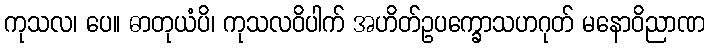
ကုသလ၊ ပေ။ ဓာတုယံပိ၊ ကုသလဝိပါက် အဟိတ်ဥပက္ခောသဟဂုတ် မနောဝိညာဏ